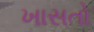
ખાસતો